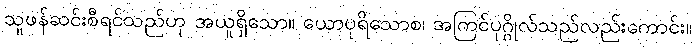
သူဖန်ဆင်းစီရင်သည်ဟု အယူရှိသော။ ယောပုရိသောစ၊ အကြင်ပုဂ္ဂိုလ်သည်လည်းကောင်း။